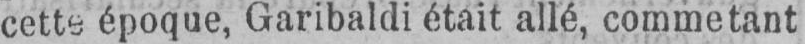
cette époque, Garibaldi était allé, comme tant